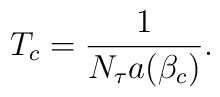
T_c = {1\over{N_\tau a(\beta_c)}}.